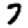
Digit: 7